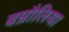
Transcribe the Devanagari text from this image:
बम्रौलिया